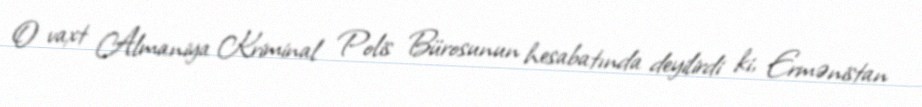
O vaxt Almaniya Kriminal Polis Bürosunun hesabatında deyilirdi ki, Ermənistan